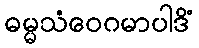
ဓမ္မသံဝေဂမာပါဒိံ